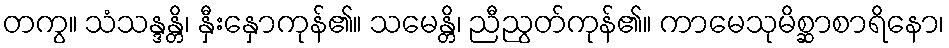
တကွ။ သံသန္ဒန္တိ၊ နှီးနှောကုန်၏။ သမေန္တိ၊ ညီညွတ်ကုန်၏။ ကာမေသုမိစ္ဆာစာရိနော၊